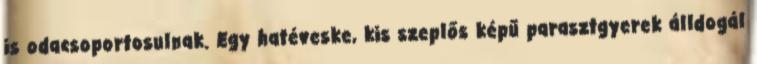
is odacsoportosulnak. Egy hatéveske, kis szeplős képű parasztgyerek álldogál